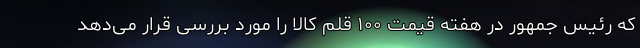
که رئیس جمهور در هفته قیمت ۱۰۰ قلم کالا را مورد بررسی قرار می‌دهد